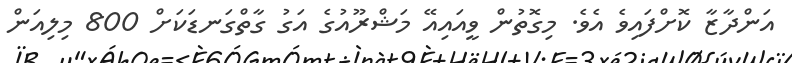
އަންދާޒާ ކޮށްފައިވެ އެވެ. މިގޮތުން ވީއައިއޭ މަޝްރޫއުގެ އަގު ގާތްގަނޑަކަށް 800 މިލިއަން